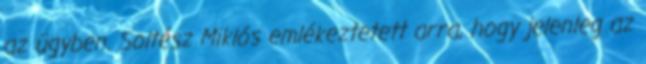
az ügyben. Soltész Miklós emlékeztetett arra, hogy jelenleg az